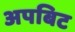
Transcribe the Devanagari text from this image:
अपबिट